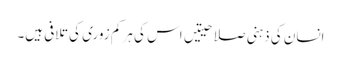
انسان کی ذہنی صلاحیتیں اس کی ہر کم زوری کی تلافی ہیں۔